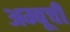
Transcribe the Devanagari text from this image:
अम्बूची